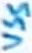
Text: VSS